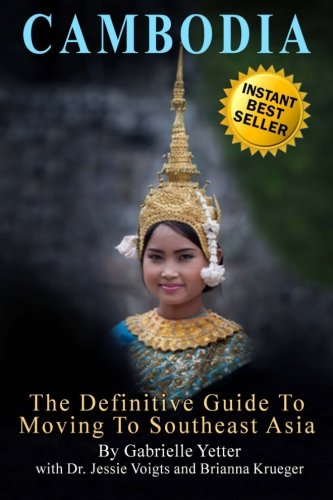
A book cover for The Definitive Guide To Moving To Southeast Asia: CAMBODIA; Gabrielle Yetter; Travel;